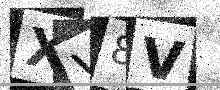
Text: XV8V